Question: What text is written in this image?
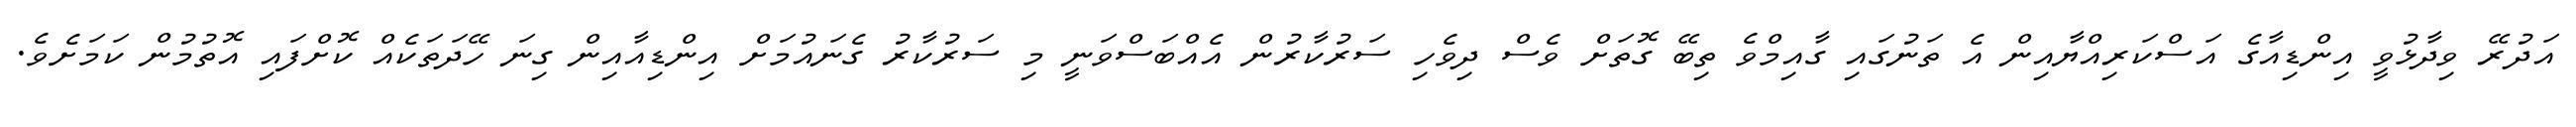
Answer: އަދުރޭ ވިދާޅުވީ އިންޑިއާގެ އަސްކަރިއްޔާއިން އެ ތަނުގައި ގާއިމްވެ ތިބޭ ގޮތަށް ވެސް ދިވެހި ސަރުކާރުން އެއްބަސްވަނީ މި ސަރުކާރު ގެނައުމަށް އިންޑިއާއިން ގިނަ ހޭދަތަކެއް ކޮށްފައި އޮތުމުން ކަމަށެވެ.